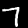
Digit: 7